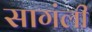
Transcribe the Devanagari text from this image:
सागंली